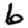
Digit: 6